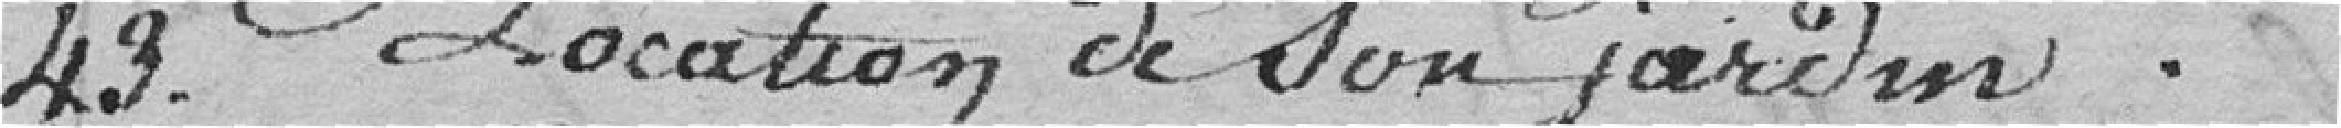
49. Location de son jardin...